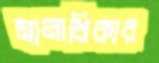
মানাধিকার